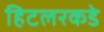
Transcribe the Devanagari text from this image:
हिटलरकडे